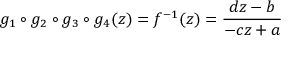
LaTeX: g _ { 1 } \circ g _ { 2 } \circ g _ { 3 } \circ g _ { 4 } ( z ) = f ^ { - 1 } ( z ) = { \frac { d z - b } { - c z + a } }